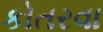
કોતરવા